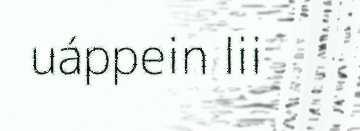
uáppein lii